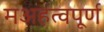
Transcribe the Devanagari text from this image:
मअहत्वपूर्ण